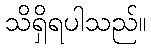
သိရှိရပါသည်။